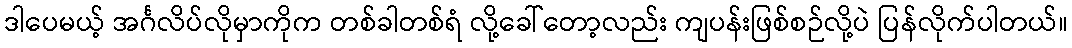
ဒါပေမယ့် အင်္ဂလိပ်လိုမှာကိုက တစ်ခါတစ်ရံ လို့ခေါ်တော့လည်း ကျပန်းဖြစ်စဉ်လို့ပဲ ပြန်လိုက်ပါတယ်။